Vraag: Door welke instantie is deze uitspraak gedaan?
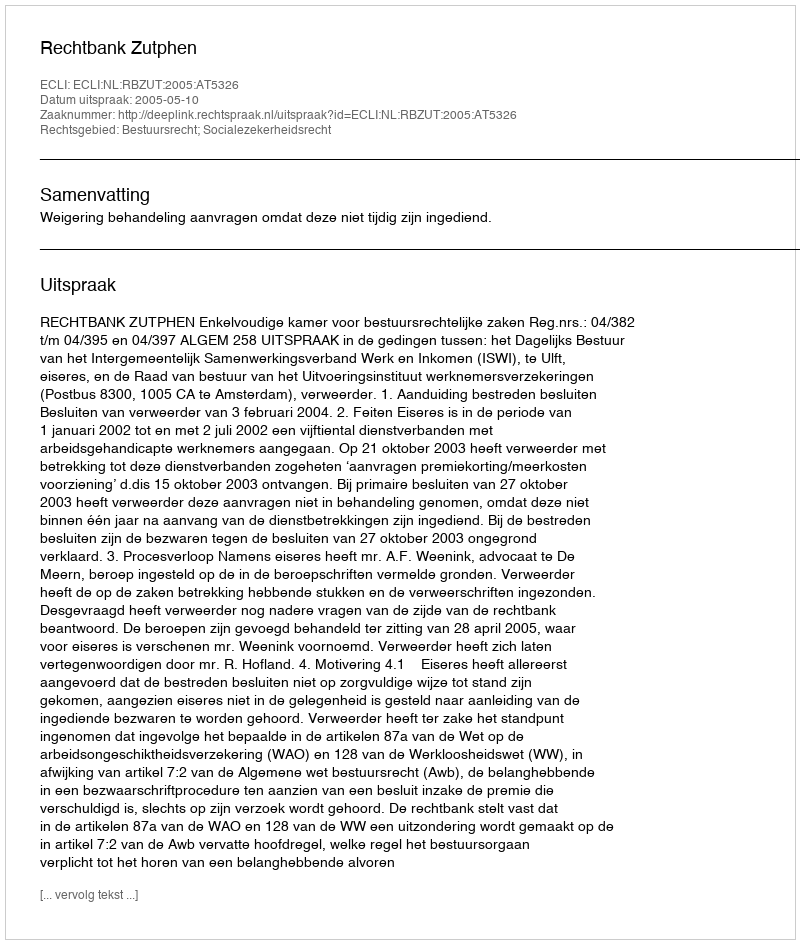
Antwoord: Rechtbank Zutphen